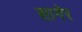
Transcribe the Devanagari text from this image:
सागेर